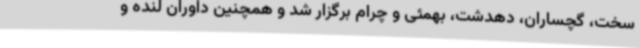
سخت، گچساران، دهدشت، بهمئی و چرام برگزار شد و همچنین داوران لنده و